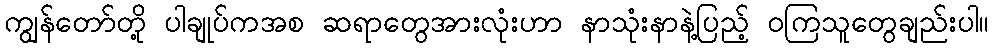
ကျွန်တော်တို့ ပါချုပ်ကအစ ဆရာတွေအားလုံးဟာ နာသုံးနာနဲ့ပြည့် ဝကြသူတွေချည်းပါ။